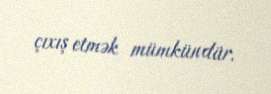
çıxış etmək mümkündür.